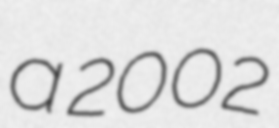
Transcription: a 2002